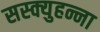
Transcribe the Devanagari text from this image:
सस्क्युहन्ना